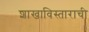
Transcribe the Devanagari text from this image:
शाखाविस्ताराची